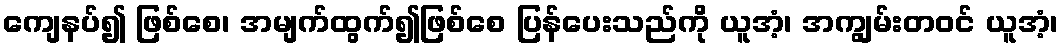
ကျေနပ်၍ ဖြစ်စေ၊ အမျက်ထွက်၍ဖြစ်စေ ပြန်ပေးသည်ကို ယူအံ့၊ အကျွမ်းတဝင် ယူအံ့၊